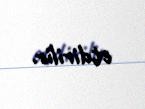
etdirilir.